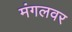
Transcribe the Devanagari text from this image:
मंगलवर